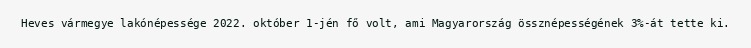
Heves vármegye lakónépessége 2022. október 1-jén fő volt, ami Magyarország össznépességének 3%-át tette ki.